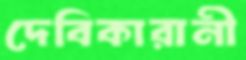
দেবিকারানী